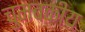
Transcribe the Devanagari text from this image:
चुमबकीय